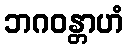
ဘဂဝန္တာဟံ